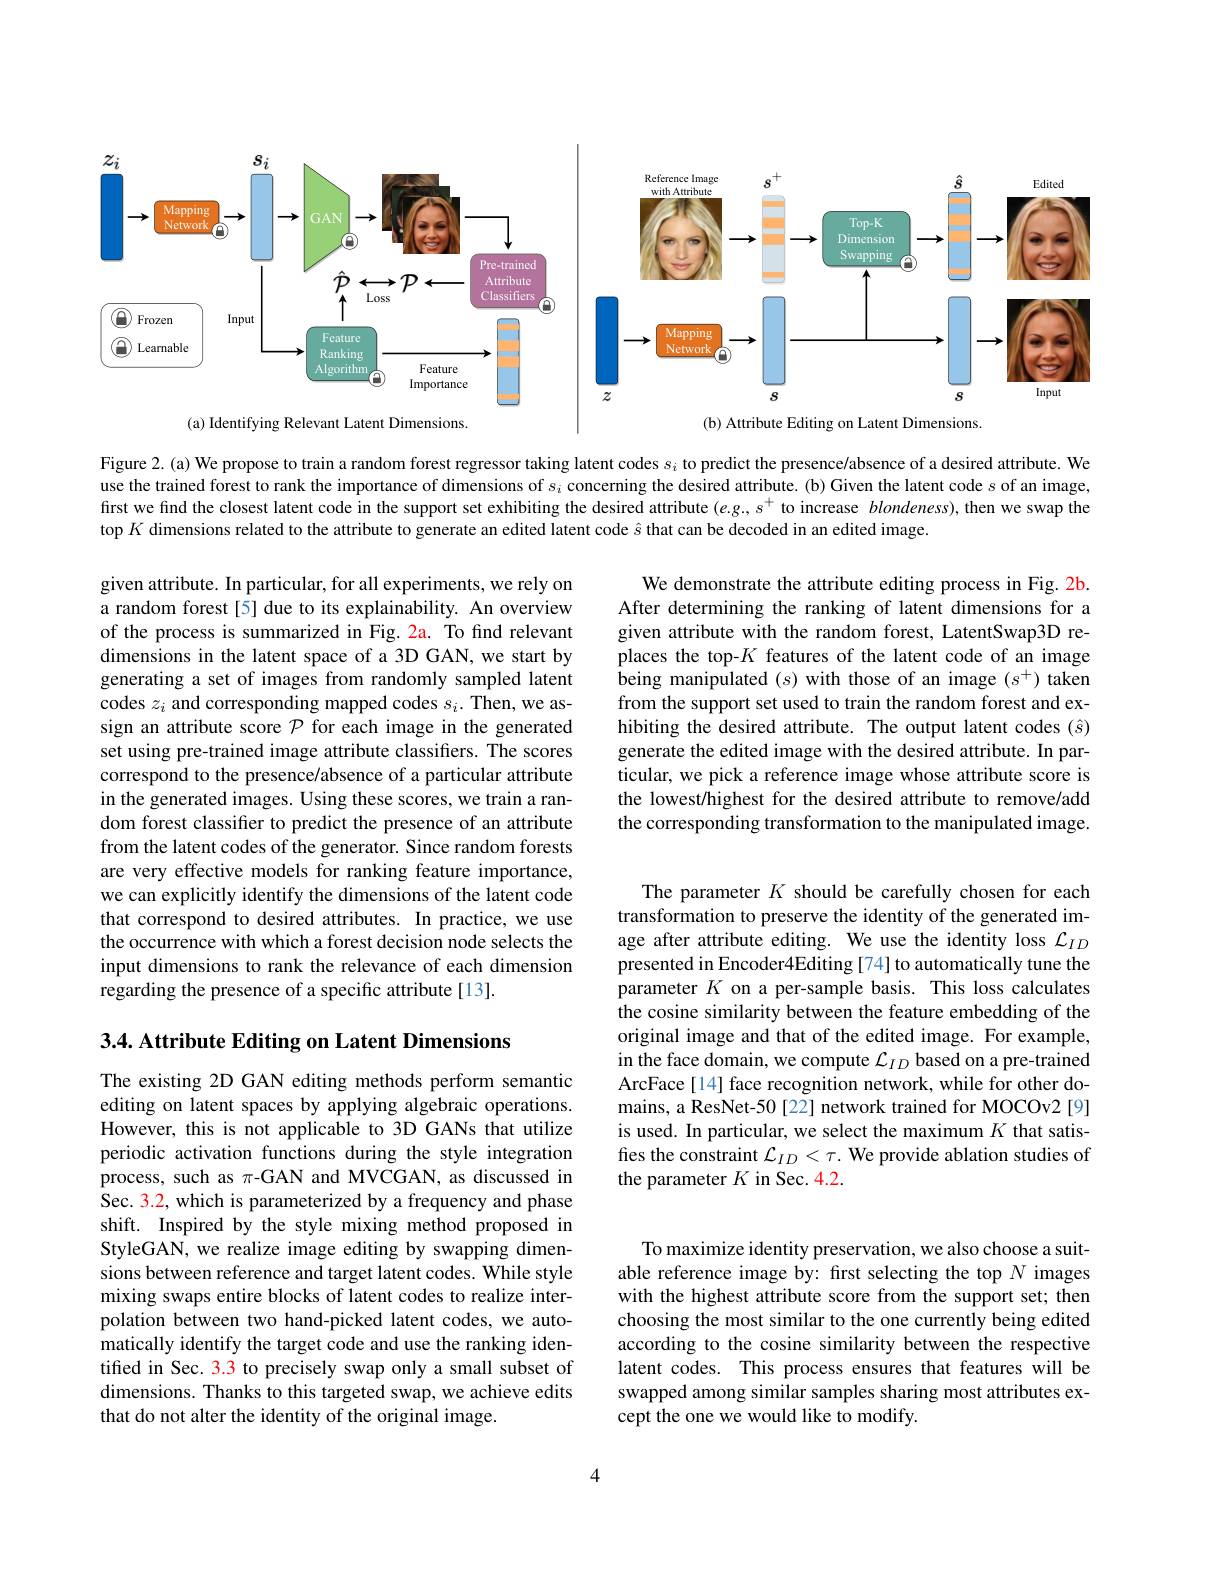
<FigureHere>

Figure 2. (a) We propose to train a random forest regressor taking latent codes $s_i$ to predict the presence/absence of a desired attribute. We use the trained forest to rank the importance of dimensions of $s_i$ concerning the desired attribute. (b) Given the latent code $s$ of an image, first we find the closest latent code in the support set exhibiting the desired attribute $(e.g.,s^+$ to increase $blondeness)$, then we swap the top $K$ dimensions related to the attribute to generate an edited latent code $\hat{s}$ that can be decoded in an edited image.

We demonstrate the attribute editing process in Fig. 2b. After determining the ranking of latent dimensions for a given attribute with the random forest, LatentSwap3D replaces the top-$K$ features of the latent code of an image $\hat{\text{being manipulated(s)with those of an image }(s^+)}$taken from the support set used to train the random forest and exhibiting the desired attribute. The output latent codes (ô) generate the edited image with the desired attribute. In particular, we pick a reference image whose attribute score is the lowest$l$highest for the desired attribute to remove/add the corresponding transformation to the manipulated image.

given attribute. In particular, for all experiments, we rely on a random forest[5] due to its explainability. An overview of the process is summarized in Fig. 2a. To find relevant dimensions in the latent space of a 3D GAN, we start by generating a set of images from randomly sampled latent codes $z_i$ and corresponding mapped codes $s_i.$ Then, we assign an attribute score $\mathcal{P}$ for each image in the generated set using pre-trained image attribute classifiers. The scores correspond to the presence/absence of a particular attribute in the generated images. Using these scores, we train a random forest classifier to predict the presence of an attribute from the latent codes of the generator. Since random forests are very effective models for ranking feature importance, we can explicitly identify the dimensions of the latent code that correspond to desired attributes. In practice, we use the occurrence with which a forest decision node selects the input dimensions to rank the relevance of each dimension regarding the presence of a specific attribute[13].

The parameter $K$ should be carefully chosen for each transformation to preserve the identity of the generated image after attribute editing. We use the identity loss $\mathcal{L}_ID$ presented in Encoder4Editing [74] to automatically tune the parameter $K$ on a per-sample basis. This loss calculates the cosine similarity between the feature embedding of the original image and that of the edited image. For example, in the face domain, we compute $\mathcal{L}_ID$ based on a pre-trained ArcFace[14] face recognition network, while for other domains, a ResNet-50[22] network trained for MOCOv2[9] is used. In particular, we select the maximum $K$ that satisfies the constraint $\mathcal{L}_ID<\tau.$ We provide ablation studies of the parameter $K$ in Sec. 4.2.

3.4. Attribute Editing on Latent Dimensions

The existing 2D GAN editing methods perform semantic editing on latent spaces by applying algebraic operations. However, this is not applicable to 3D GANs that utilize periodic activation functions during the style integration process, such as π-GAN and MVCGAN, as discussed in Sec. 3.2, which is parameterized by a frequency and phase shift. Inspired by the style mixing method proposed in StyleGAN, we realize image editing by swapping dimensions between reference and target latent codes. While style mixing swaps entire blocks of latent codes to realize interpolation between two hand-picked latent codes, we automatically identify the target code and use the ranking identified in Sec. 3.3 to precisely swap only a small subset of dimensions. Thanks to this targeted swap, we achieve edits that do not alter the identity of the original image.

To maximize identity preservation, we also choose a suitable reference image by: first selecting the top $N$ images with the highest attribute score from the support set; then choosing the most similar to the one currently being edited according to the cosine similarity between the respective latent codes. This process ensures that features will be swapped among similar samples sharing most attributes except the one we would like to modify.

4